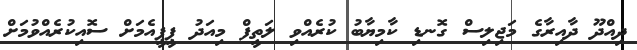
ދިއްދޫ ދާއިރާގެ މަޖިލިސް ގޮނޑި ކާމިޔާބު ކުރެއްވި ލަތީފް މިއަދު ޕީޕީއެމަށް ސޮއިކުރެއްވުމަށް